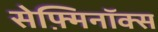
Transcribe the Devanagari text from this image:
सेफ़्मिनॉक्स